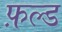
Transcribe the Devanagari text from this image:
फ़ल्ड